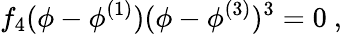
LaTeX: f_{4}(\phi-\phi^{(1)})(\phi-\phi^{(3)})^{3}=0\ ,